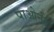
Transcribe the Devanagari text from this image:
पाओनी